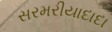
સરમરીયાદાદા